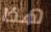
هذا